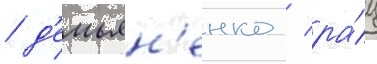
/ д'емьян'енко / ра́ц